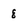
Character: 8